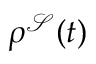
\rho ^ { \mathcal { S } } ( t )